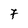
Character: 7